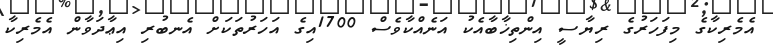
އެމެރިކާގެ މިފަހަރުގެ ރިޔާސީ އިންތިޚާބާއެކު އަނެއްކާވެސް 1700އިގެ އަހަރުތަކަށް އެނބުރި އިޢާދަވާން އެމެރިކާ